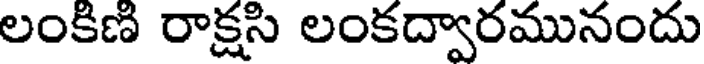
లంకిణి రాక్షసి లంకద్వారమునందు